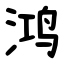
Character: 鸿